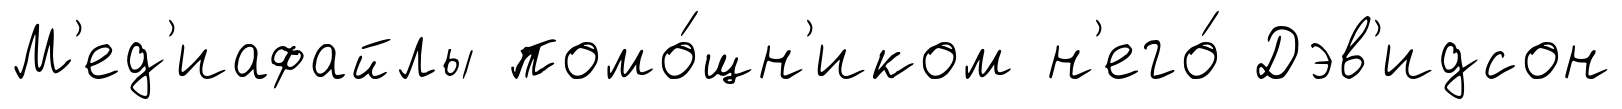
М'ед'иафайлы помо́щн'иком н'его́ Дэв'идсон